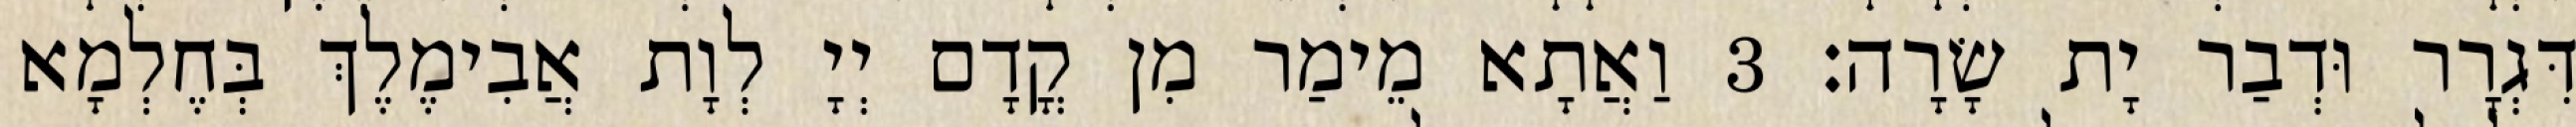
דִּגְרָר וּדְבַר יָת שָׂרָה׃ 3 וַאֲתָא מֵימַר מִן קֳדָם יְיָ לְוָת אֲבִימֶלֶךְ בְּחֶלְמָא